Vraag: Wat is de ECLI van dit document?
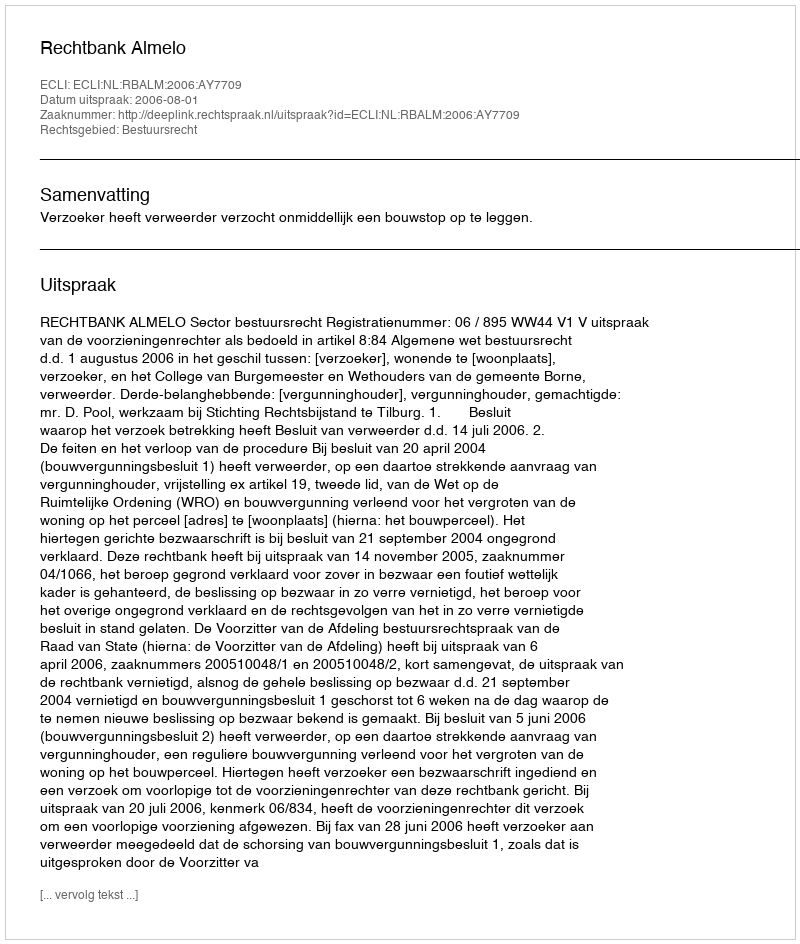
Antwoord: ECLI:NL:RBALM:2006:AY7709